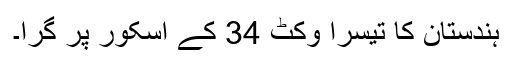
ہندستان کا تیسرا وکٹ 34 کے اسکور پر گرا۔